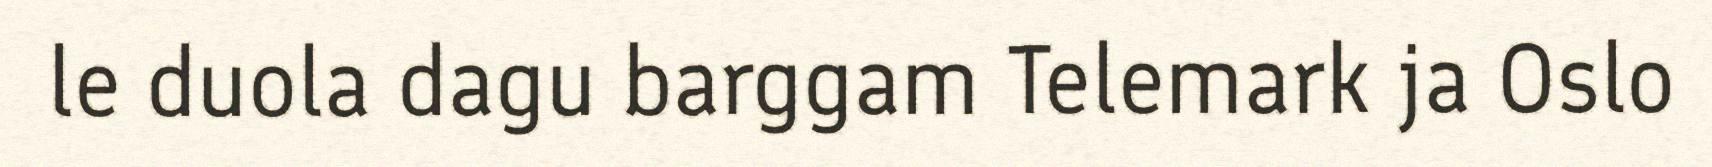
le duola dagu barggam Telemark ja Oslo